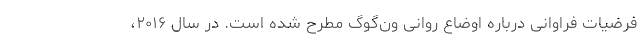
فرضیات فراوانی درباره اوضاع روانی ون‌گوگ مطرح شده است. در سال ۲۰۱۶،